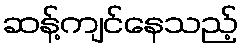
ဆန့်ကျင်နေသည့်